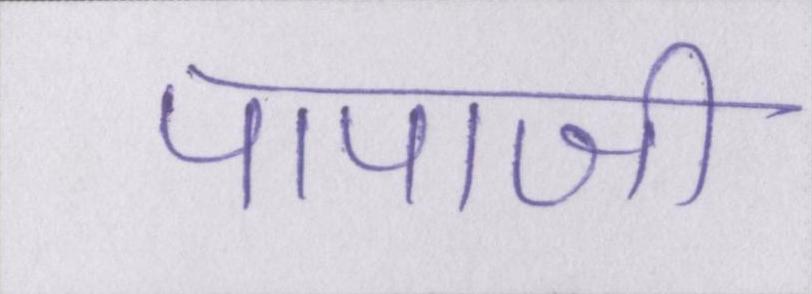
पापाजी